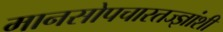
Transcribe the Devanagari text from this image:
मानसोपचारतज्ज्ञांशी